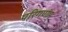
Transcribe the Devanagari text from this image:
परिगणन्